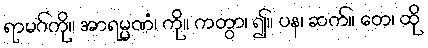
ရာမဂ်ကို။ အာရမ္မဏံ၊ ကို။ ကတွာ၊ ၍။ ပန၊ ဆက်။ တေ၊ ထို